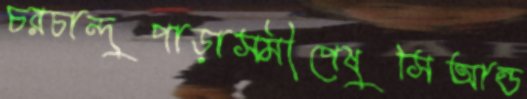
চরচান্দুপাড়াসমীপেষুসিআন্ড